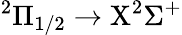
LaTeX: ^2\Pi_{1/2}\rightarrow\mathrm{X}^{2}\Sigma^{+}